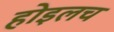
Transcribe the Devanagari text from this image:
होइलच